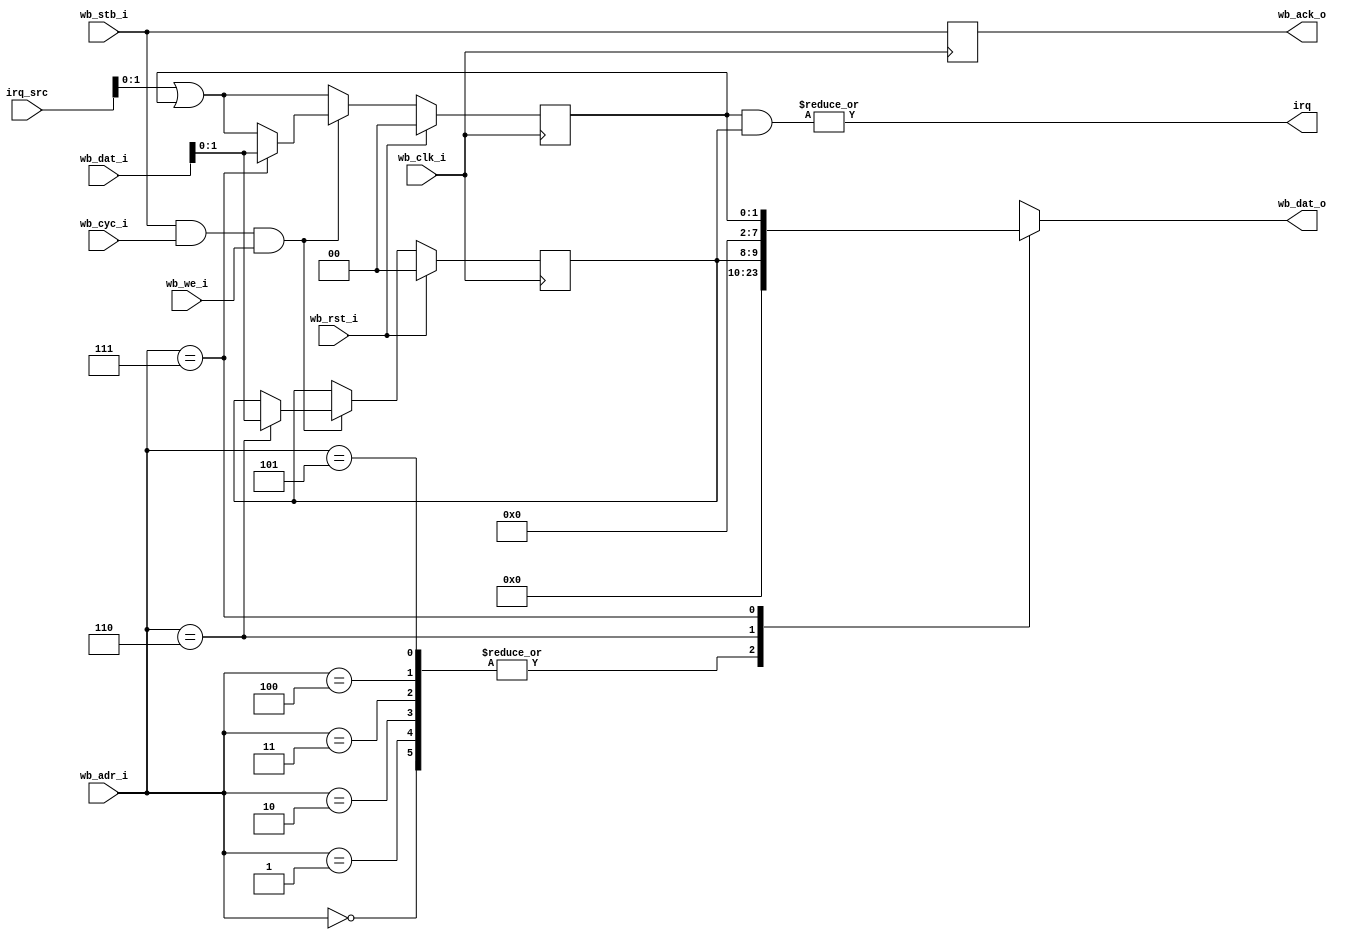
module system_block #(
    parameter DESIGN_ID = 0,
    parameter REV_MAJOR = 0,
    parameter REV_MINOR = 0,
    parameter REV_RCS   = 0
  ) (
    input        wb_clk_i,
    input        wb_rst_i,
    input        wb_stb_i,
    input        wb_cyc_i,
    input        wb_we_i,
    input  [2:0] wb_adr_i,
    input  [7:0] wb_dat_i,
    output [7:0] wb_dat_o,
    output       wb_ack_o,

    input  [3:0] irq_src,
    output       irq
  );

  localparam REG_ID_1  = 0;
  localparam REG_ID_0  = 1;
  localparam REG_MAJ   = 2;
  localparam REG_MIN   = 3;
  localparam REG_RCS_1 = 4;
  localparam REG_RCS_0 = 5;
  localparam REG_IRQM  = 6;
  localparam REG_IRQR  = 7;

  reg wb_ack_o_reg;

  always @(posedge wb_clk_i) begin
    wb_ack_o_reg <= wb_stb_i;
  end
  assign wb_ack_o = wb_ack_o_reg;

  wire [15:0] rev_id  = DESIGN_ID;
  wire  [7:0] rev_maj = REV_MAJOR;
  wire  [7:0] rev_min = REV_MINOR;
  wire [15:0] rev_rcs = REV_RCS;

  localparam IRQS = 2;
  reg [IRQS-1:0] irq_m;
  reg [IRQS-1:0] irq_r;

  reg [7:0] wb_dat_o_reg;
  always @(*) begin
    case (wb_adr_i)
      REG_ID_1: begin
        wb_dat_o_reg <= rev_id[15:8];
      end
      REG_ID_0: begin
        wb_dat_o_reg <= rev_id[ 7:0];
      end
      REG_MAJ: begin
        wb_dat_o_reg <= rev_maj[ 7:0];
      end
      REG_MIN: begin
        wb_dat_o_reg <= rev_min[ 7:0];
      end
      REG_RCS_1: begin
        wb_dat_o_reg <= rev_rcs[15:8];
      end
      REG_RCS_0: begin
        wb_dat_o_reg <= rev_rcs[ 7:0];
      end
      REG_IRQM: begin
        wb_dat_o_reg <= irq_m;
      end
      REG_IRQR: begin
        wb_dat_o_reg <= irq_r;
      end
      default: begin
        wb_dat_o_reg  <= 8'd0;
      end
    endcase
  end
  assign wb_dat_o = wb_dat_o_reg;

  always @(posedge wb_clk_i) begin
    if (wb_rst_i) begin
      irq_r <= {IRQS{1'b0}};
      irq_m <= {IRQS{1'b0}};
    end else begin
      irq_r <= irq_src | irq_r;

      if (wb_stb_i && wb_cyc_i && wb_we_i) begin
        if (wb_adr_i == REG_IRQM) begin
          irq_m <= wb_dat_i[IRQS-1:0];
        end
        if (wb_adr_i == REG_IRQR) begin
          irq_r <= wb_dat_i[IRQS-1:0];
        end
      end
    end
  end

  assign irq = |(irq_r & irq_m);
endmodule